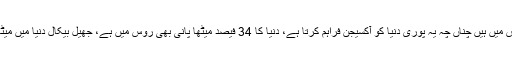
دنیا میں جنگلات کا سب سے بڑا ذخیرہ بھی روس میں ہے، دنیا کے 25 فیصد درخت روس میں ہیں چناں چہ یہ پوری دنیا کو آکسیجن فراہم کرتا ہے، دنیا کا 34 فیصد میٹھا پانی بھی روس میں ہے، جھیل بیکال دنیا میں میٹھے پانی کا سب سے بڑا ذخیرہ ہے، دنیا کا سب سے بڑا دریا والگا بھی روس میں بہتا ہے۔